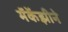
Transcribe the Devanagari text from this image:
मॅकेंझीने